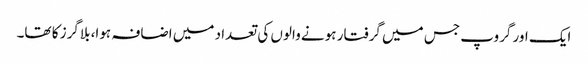
ایک اور گروپ جس میں گرفتار ہونے والوں کی تعداد میں اضافہ ہوا، بلاگرز کا تھا۔